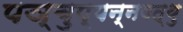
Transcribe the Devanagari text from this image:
पञ्चुप्पन्नवत्थु